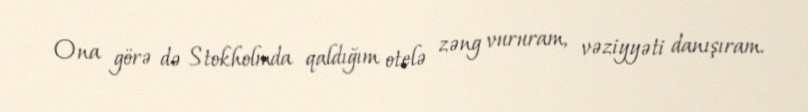
Ona görə də Stokholmda qaldığım otelə zəng vururam, vəziyyəti danışıram.